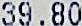
39.80